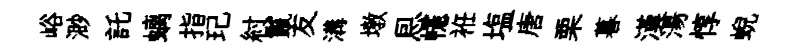
峪渺託螭指玘紂鬣友溝墩㤙幰袵塩唐栗暮漢湯惇蜺